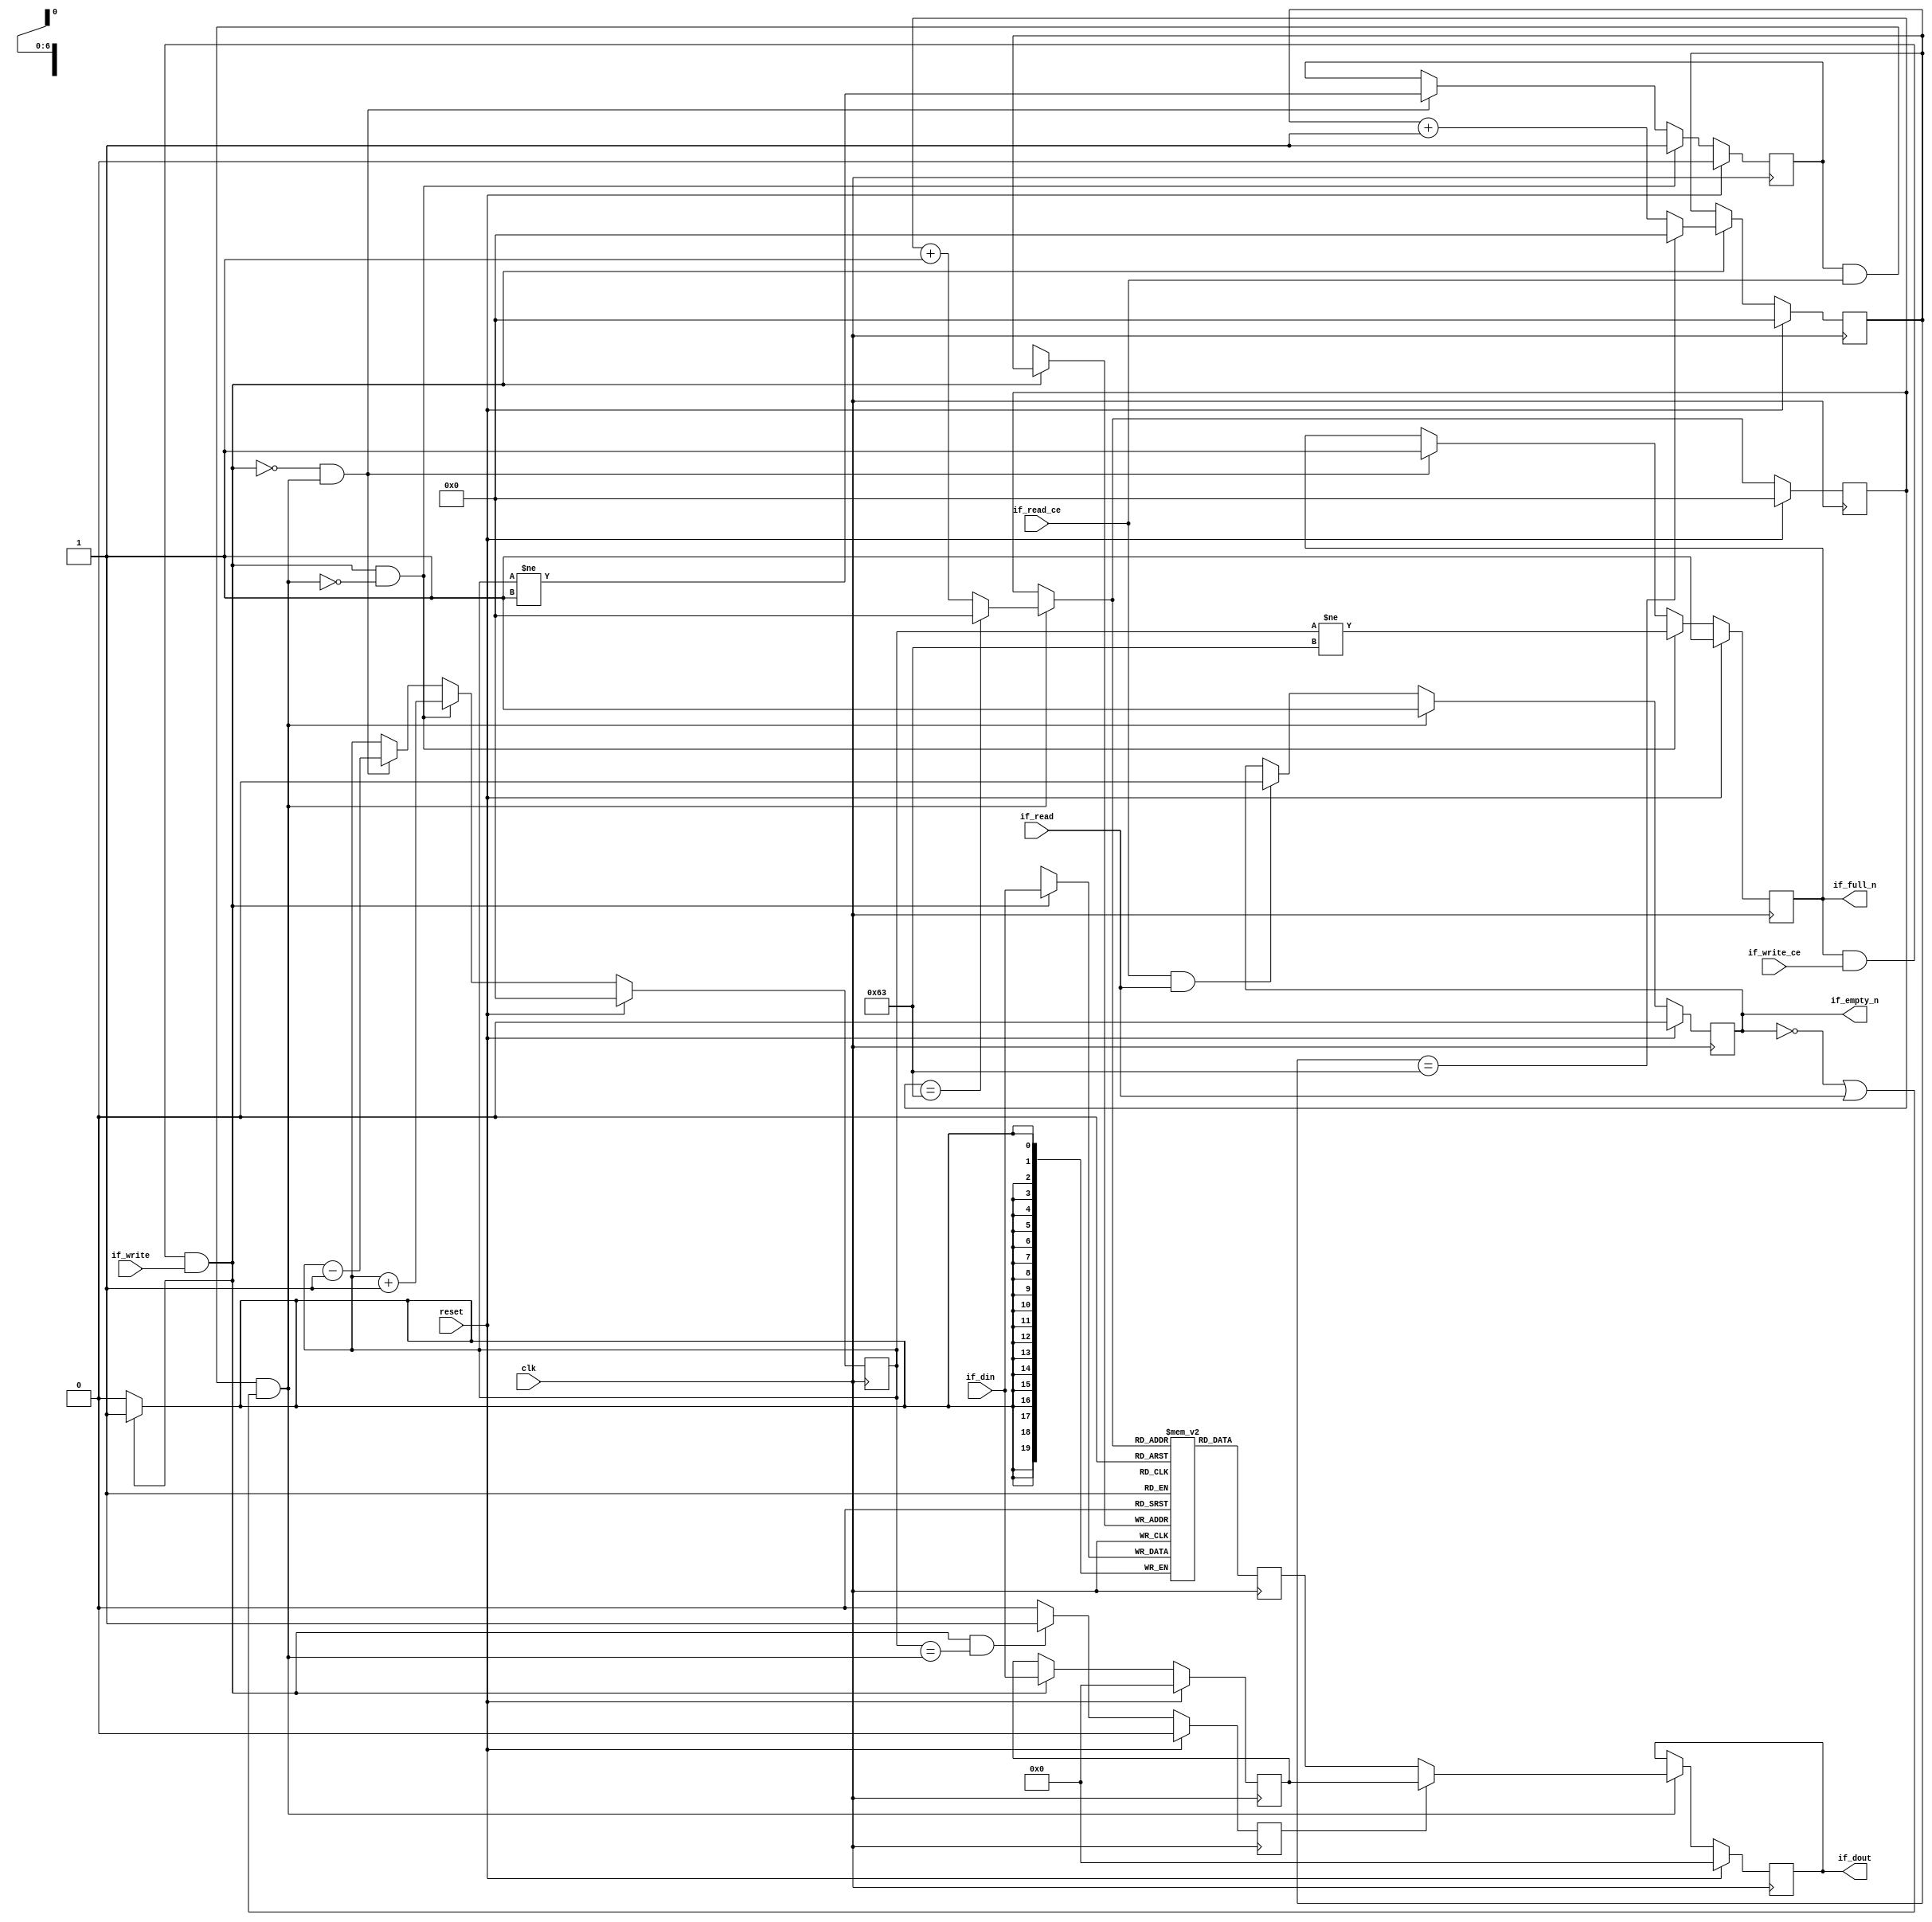
// ==============================================================
// Vivado(TM) HLS - High-Level Synthesis from C, C++ and SystemC v2020.1 (64-bit)
// Copyright 1986-2020 Xilinx, Inc. All Rights Reserved.
// ==============================================================

`timescale 1ns/1ps

module fifo_w20_d100_A
#(parameter
    MEM_STYLE   = "block",
    DATA_WIDTH  = 20,
    ADDR_WIDTH  = 7,
    DEPTH       = 100
)
(
    // system signal
    input  wire                  clk,
    input  wire                  reset,

    // write
    output wire                  if_full_n,
    input  wire                  if_write_ce,
    input  wire                  if_write,
    input  wire [DATA_WIDTH-1:0] if_din,

    // read
    output wire                  if_empty_n,
    input  wire                  if_read_ce,
    input  wire                  if_read,
    output wire [DATA_WIDTH-1:0] if_dout
);
//------------------------Parameter----------------------

//------------------------Local signal-------------------
(* ram_style = MEM_STYLE *)
reg  [DATA_WIDTH-1:0] mem[0:DEPTH-1];
reg  [DATA_WIDTH-1:0] q_buf = 1'b0;
reg  [ADDR_WIDTH-1:0] waddr = 1'b0;
reg  [ADDR_WIDTH-1:0] raddr = 1'b0;
wire [ADDR_WIDTH-1:0] wnext;
wire [ADDR_WIDTH-1:0] rnext;
wire                  push;
wire                  pop;
reg  [ADDR_WIDTH-1:0] usedw = 1'b0;
reg                   full_n = 1'b1;
reg                   empty_n = 1'b0;
reg  [DATA_WIDTH-1:0] q_tmp = 1'b0;
reg                   show_ahead = 1'b0;
reg  [DATA_WIDTH-1:0] dout_buf = 1'b0;
reg                   dout_valid = 1'b0;


//------------------------Instantiation------------------

//------------------------Task and function--------------

//------------------------Body---------------------------
assign if_full_n  = full_n;
assign if_empty_n = dout_valid;
assign if_dout    = dout_buf;
assign push       = full_n & if_write_ce & if_write;
assign pop        = empty_n & if_read_ce & (~dout_valid | if_read);
assign wnext      = !push                ? waddr :
                    (waddr == DEPTH - 1) ? 1'b0  :
                    waddr + 1'b1;
assign rnext      = !pop                 ? raddr :
                    (raddr == DEPTH - 1) ? 1'b0  :
                    raddr + 1'b1;

// waddr
always @(posedge clk) begin
    if (reset == 1'b1)
        waddr <= 1'b0;
    else
        waddr <= wnext;
end

// raddr
always @(posedge clk) begin
    if (reset == 1'b1)
        raddr <= 1'b0;
    else
        raddr <= rnext;
end

// usedw
always @(posedge clk) begin
    if (reset == 1'b1)
        usedw <= 1'b0;
    else if (push & ~pop)
        usedw <= usedw + 1'b1;
    else if (~push & pop)
        usedw <= usedw - 1'b1;
end

// full_n
always @(posedge clk) begin
    if (reset == 1'b1)
        full_n <= 1'b1;
    else if (push & ~pop)
        full_n <= (usedw != DEPTH - 1);
    else if (~push & pop)
        full_n <= 1'b1;
end

// empty_n
always @(posedge clk) begin
    if (reset == 1'b1)
        empty_n <= 1'b0;
    else if (push & ~pop)
        empty_n <= 1'b1;
    else if (~push & pop)
        empty_n <= (usedw != 1'b1);
end

// mem
always @(posedge clk) begin
    if (push)
        mem[waddr] <= if_din;
end

// q_buf
always @(posedge clk) begin
    q_buf <= mem[rnext];
end

// q_tmp
always @(posedge clk) begin
    if (reset == 1'b1)
        q_tmp <= 1'b0;
    else if (push)
        q_tmp <= if_din;
end

// show_ahead
always @(posedge clk) begin
    if (reset == 1'b1)
        show_ahead <= 1'b0;
    else if (push && usedw == pop)
        show_ahead <= 1'b1;
    else
        show_ahead <= 1'b0;
end

// dout_buf
always @(posedge clk) begin
    if (reset == 1'b1)
        dout_buf <= 1'b0;
    else if (pop)
        dout_buf <= show_ahead? q_tmp : q_buf;
end

// dout_valid
always @(posedge clk) begin
    if (reset == 1'b1)
        dout_valid <= 1'b0;
    else if (pop)
        dout_valid <= 1'b1;
    else if (if_read_ce & if_read)
        dout_valid <= 1'b0;
end

endmodule